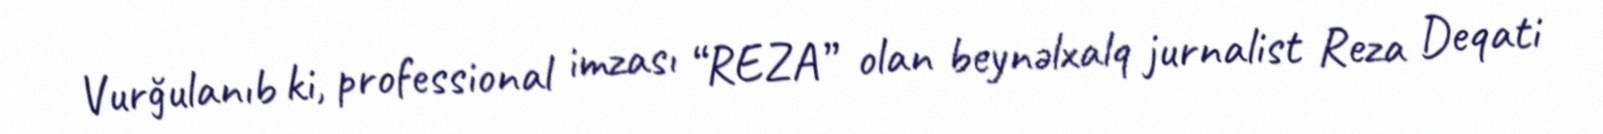
Vurğulanıb ki, professional imzası “REZA” olan beynəlxalq jurnalist Reza Deqati